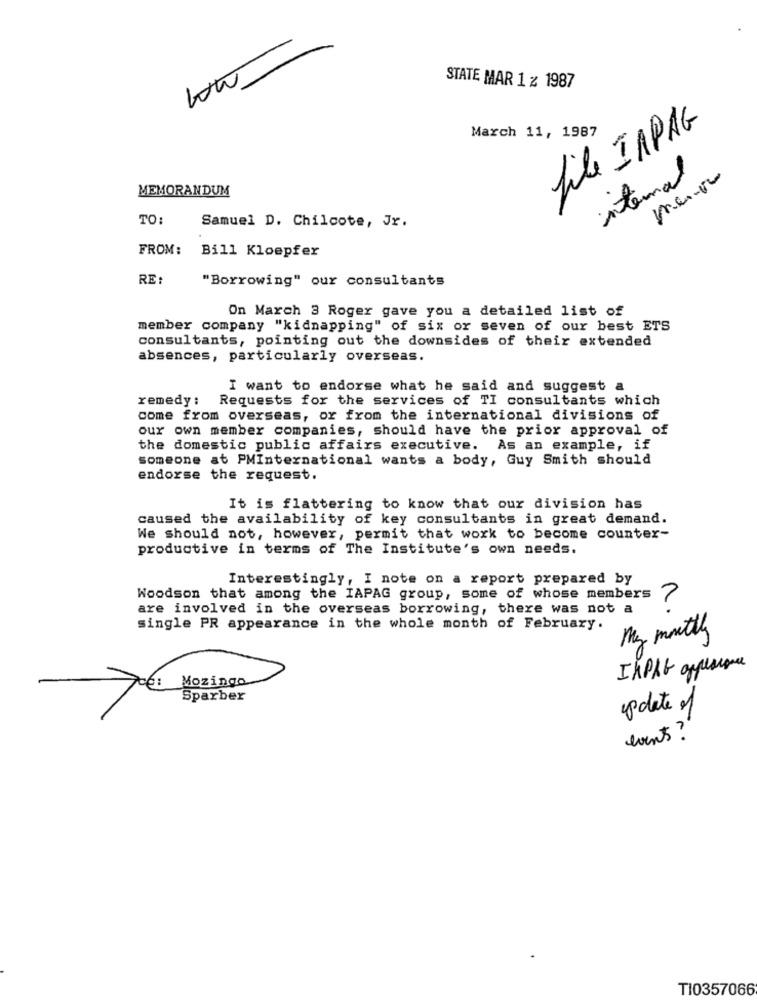
STATE MAR 1 z 1987
March 11, 1987
file INPAG
internal
MEMORANDUM
TO:
Samuel D. Chilcote, Jr.
FROM:
Bill Kloepfer
RE:
"Borrowing" our consultants
On March 3 Roger gave you a detailed list of
member company "kidnapping" of six or seven of our best ETS
consultants, pointing out the downsides of their extended
absences, particularly overseas.
I want to endorse what he said and suggest a
remedy: Requests for the services of TI consultants which
come from overseas, or from the international divisions of
our own member companies, should have the prior approval of
the domestic public affairs executive. As an example, if
someone at PMInternational wants a body, Guy Smith should
endorse the request.
It is flattering to know that our division has
caused the availability of key consultants in great demand.
We should not, however, permit that work to become counter-
productive in terms of The Institute's own needs.
Interestingly, I note on a report prepared by
Woodson that among the IAPAG group, some of whose members
7
are involved in the overseas borrowing, there was not a
single PR appearance in the whole month of February.
My monthly
INDRE appearance
Te: Mozingo
Sparber
update of
events ?"
TI0357066